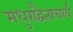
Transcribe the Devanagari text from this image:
मधुराद्वैताचार्य